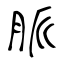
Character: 脈